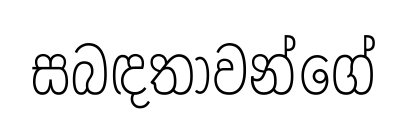
සබඳතාවන්ගේ